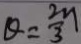
\theta = \frac { 2 n } { 3 }